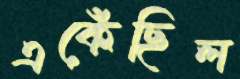
একেঁছিল